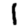
Digit: 1